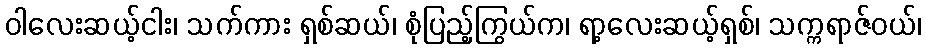
ဝါလေးဆယ့်ငါး၊ သက်ကား ရှစ်ဆယ်၊ စုံပြည့်ကြွယ်က၊ ရာ့လေးဆယ့်ရှစ်၊ သက္ကရာဇ်ဝယ်၊